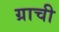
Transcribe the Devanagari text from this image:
ग्राची